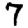
Digit: 7